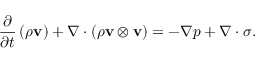
{ \frac { \partial } { \partial t } } \left( \rho \mathbf { v } \right) + \nabla \cdot ( \rho \mathbf { v } \otimes \mathbf { v } ) = - \nabla p + \nabla \cdot \sigma .